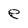
Character: e